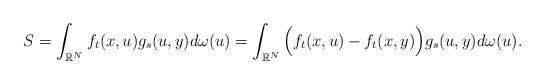
LaTeX: \begin{align*} &S=\int_{\Bbb R^N}f_t(x,u)g_s(u,y)d\omega(u)=\int_{\Bbb R^N}\Big(f_t(x,u)-f_t(x,y)\Big)g_s(u,y)d\omega(u). \end{align*}